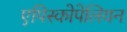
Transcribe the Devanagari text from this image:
एपिस्कोपेलियन